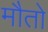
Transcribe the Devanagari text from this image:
मौतो